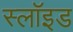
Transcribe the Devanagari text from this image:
स्लॉइड